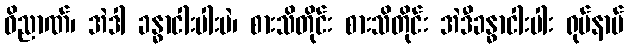
ဝိညာဏ်၊ အဲဒါ ခန္ဓာငါးပါးပဲ၊ စားသိတိုင်း စားသိတိုင်း အဲဒီခန္ဓာငါးပါး ရုပ်နာမ်